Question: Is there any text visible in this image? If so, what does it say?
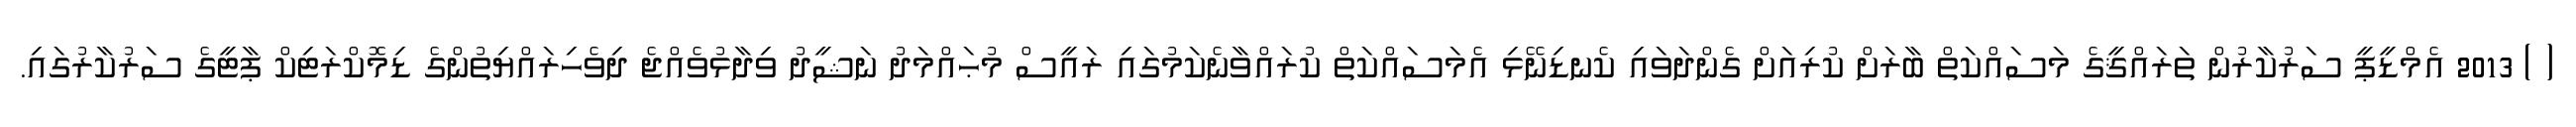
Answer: ( ) 2013 އެމްޑީޕީ ސަރުކާރުން ތަރައްޤީގެ މަސައްކަތް ބާރަށް ކުރިއަށް ގެންދަވައި ކެނޑިނޭޅި އެމަސައްކަތް ކުރައްވާނެކަމުގައި ރައީސް މުޙައްމަދު ނަޝީދު ވިދާޅުވެއްޖެ ދިވެހިރައްޔިތުންގެ ޑިމޮކްރަޓިކް ޕާޓީގެ ސަރުކާރުގައި.